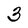
Character: 3